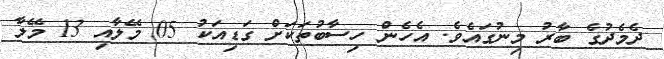
ދެމެދުގެ ބާރު މިނުގައެވެ. އެހެން ހިސާބުތަކަށް ގަޑިއަކު 05 މޭލާއި 13 މޭލާ